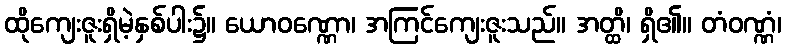
ထိုကျေးဇူးရှိမဲ့နှစ်ပါး၌။ ယောဝဏ္ဏော၊ အကြင်ကျေးဇူးသည်။ အတ္ထိ၊ ရှိ၏။ တံဝဏ္ဏံ၊